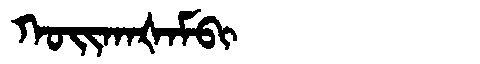
Manchu: ᡴᠣᡳᡴᠠᡧᠠᠮᠪᡳ
Romanization: KOIKAŠAMBI